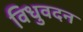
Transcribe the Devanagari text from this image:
विधुवदन